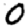
Digit: 0